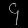
Digit: ၄